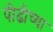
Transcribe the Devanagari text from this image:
पीढीच्या